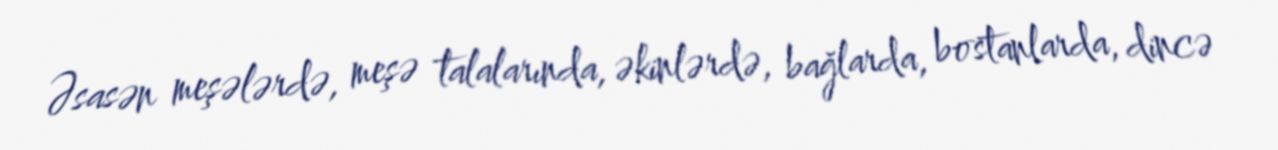
Əsasən meşələrdə, meşə talalarında, əkinlərdə, bağlarda, bostanlarda, dincə